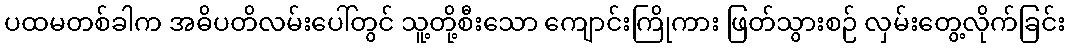
ပထမတစ်ခါက အဓိပတိလမ်းပေါ်တွင် သူ့တို့စီးသော ကျောင်းကြိုကား ဖြတ်သွားစဉ် လှမ်းတွေ့လိုက်ခြင်း